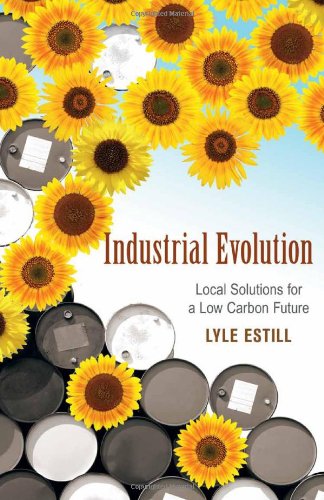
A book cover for Industrial Evolution: Local Solutions for a Low Carbon Future; Lyle Estill; Politics & Social Sciences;